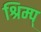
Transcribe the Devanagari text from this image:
श्रिम्प्